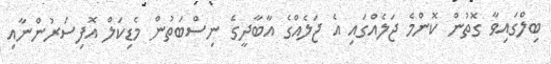
ބިލްގައިވާ ގޮތުން ކޮންމެ ޖަލެއްގައި އެ ޖަލެއްގެ އާބާދީގެ ނިސްބަތުން މެޑިކަލް އޮފިސަރުންނާއި